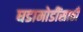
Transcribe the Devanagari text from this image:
घडामोडींसाठी